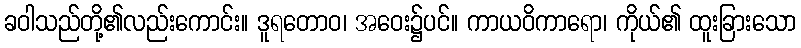
ခဝါသည်တို့၏လည်းကောင်း။ ဒူရတောဝ၊ အဝေး၌ပင်။ ကာယဝိကာရော၊ ကိုယ်၏ ထူးခြားသော